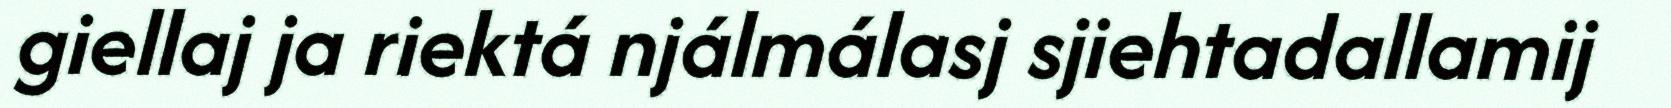
giellaj ja riektá njálmálasj sjiehtadallamij